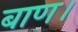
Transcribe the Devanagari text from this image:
बाण।